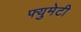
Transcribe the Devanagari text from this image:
फ्युमेटी